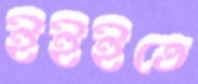
ইইইতে